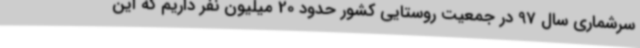
سرشماری سال 97 در جمعیت روستایی کشور حدود 20 میلیون نفر داریم که این